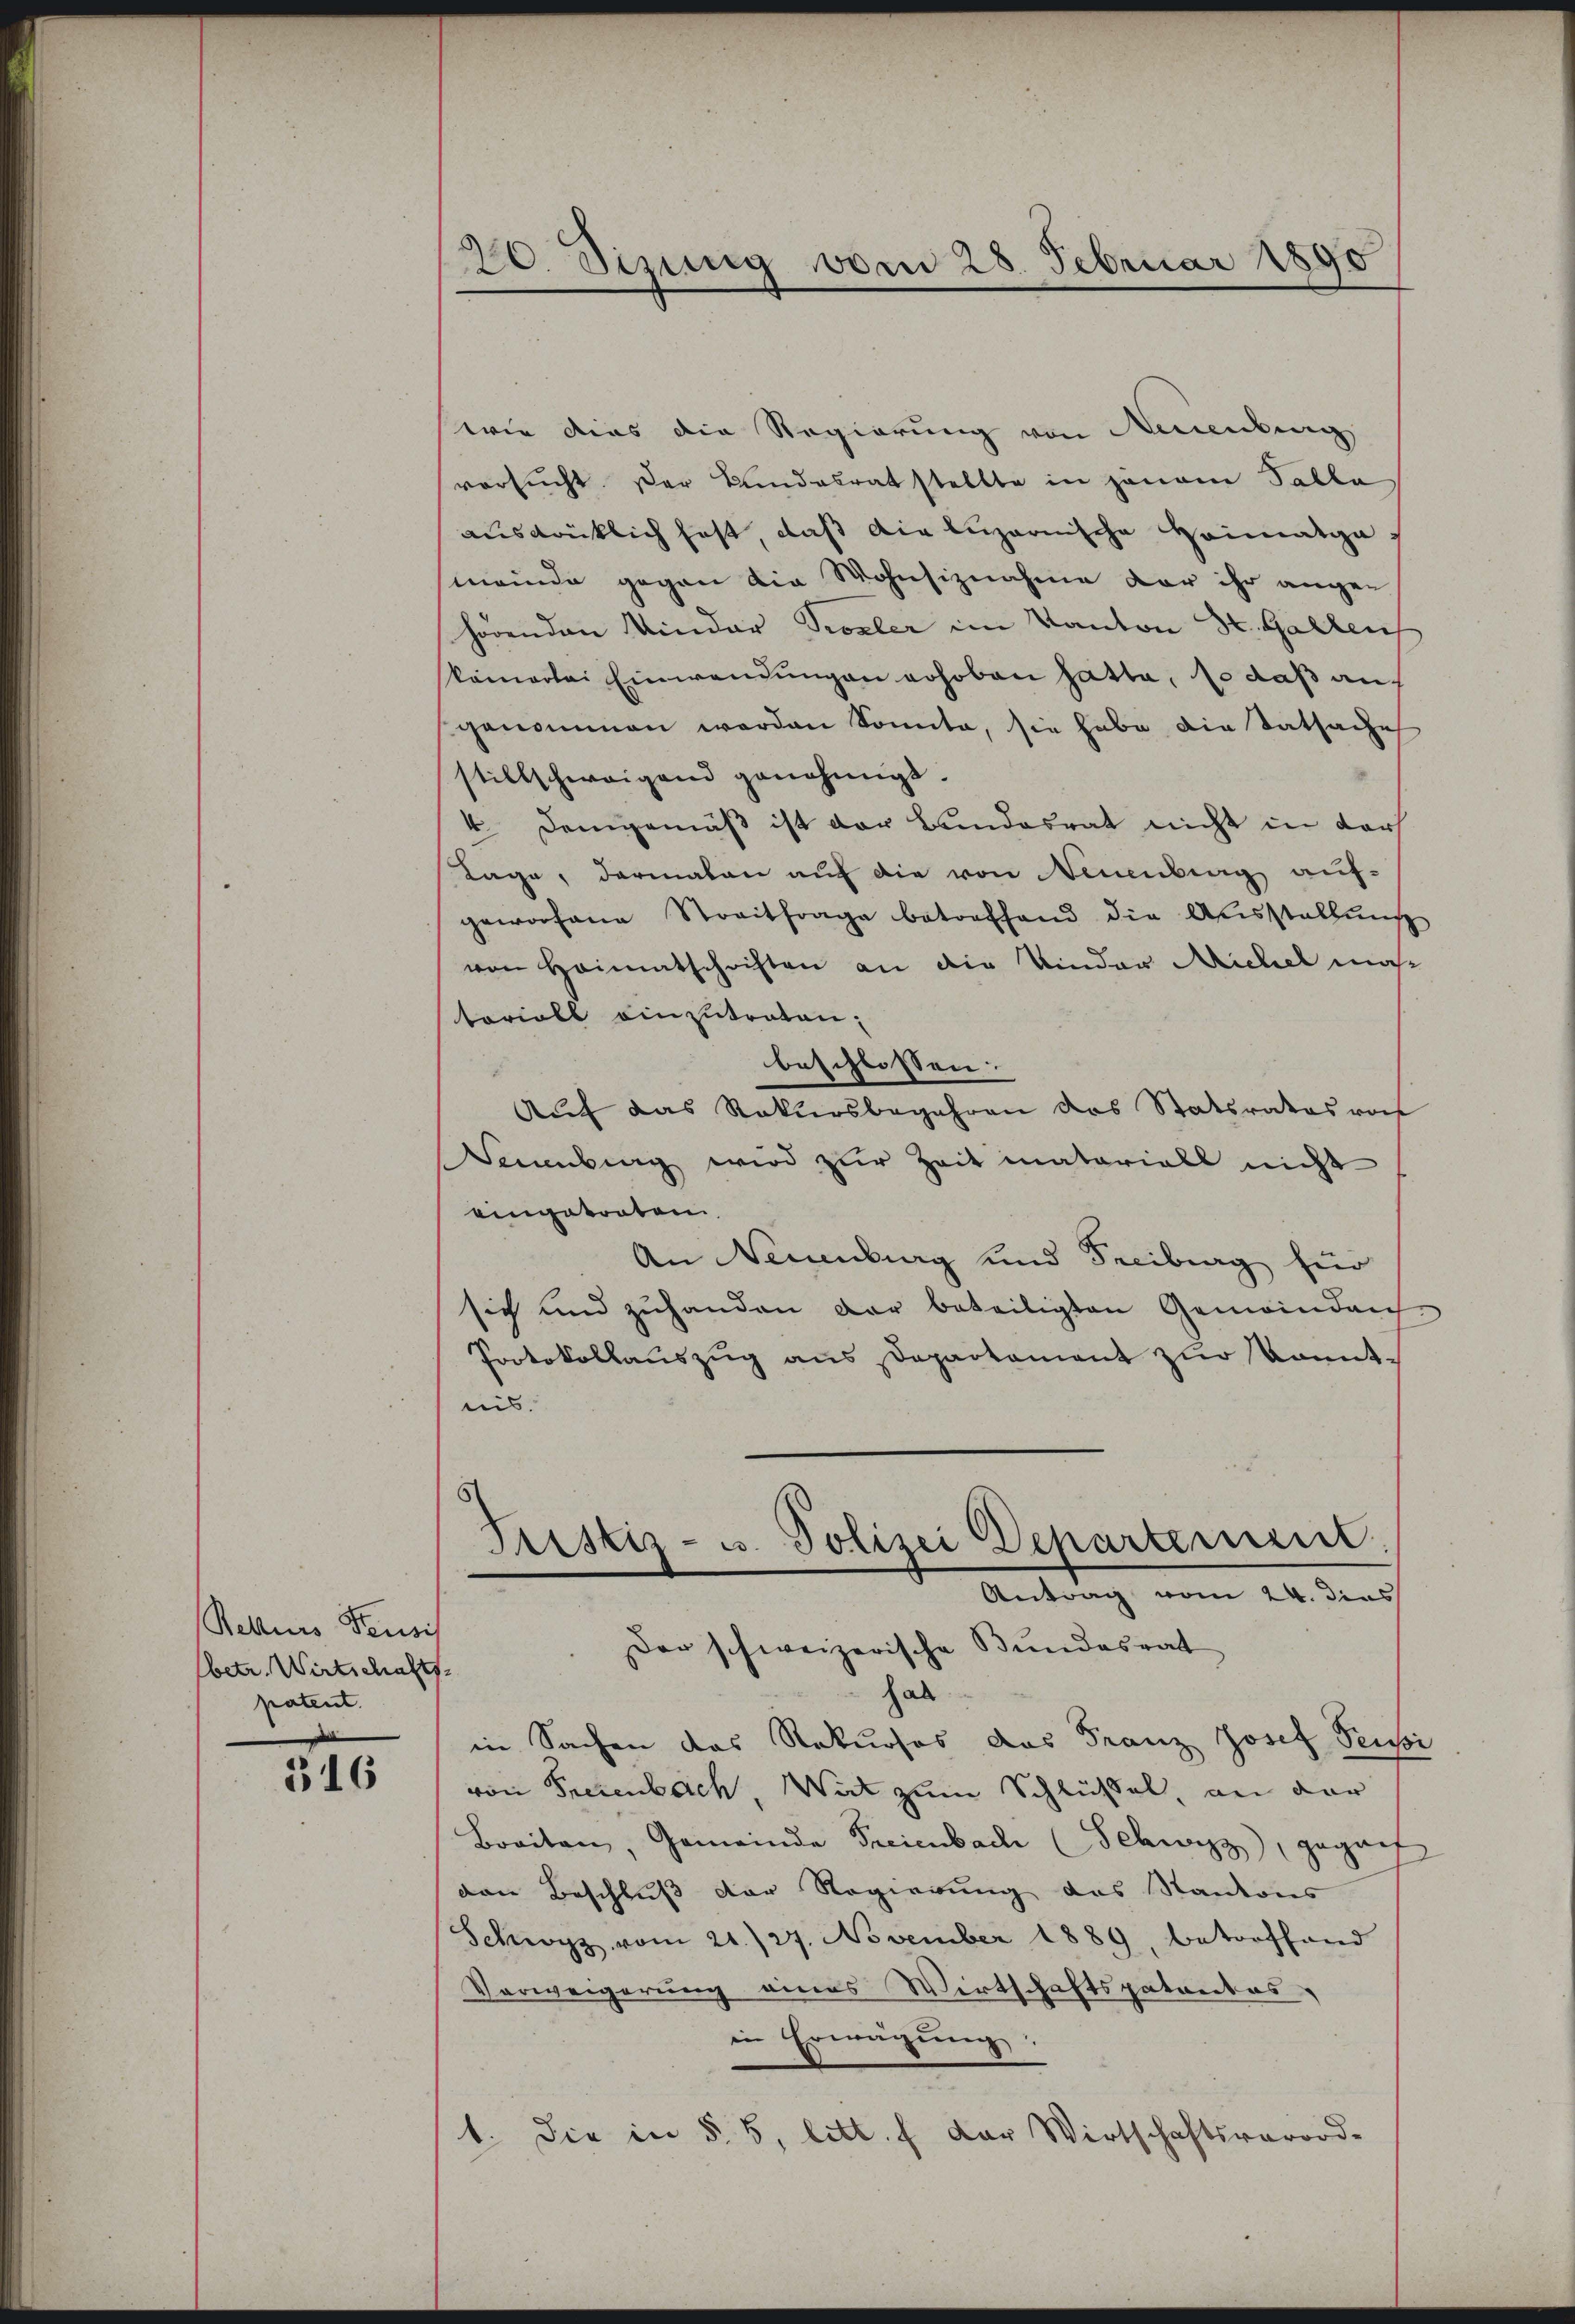
Retturs Feusis
betr. Wirtschafts
patent.

316

20. Dizung vom 28. Februar 1890

wie dies die Regierung von Neuenburg
versucht. Der Bundesrat stellte in jenem Talla
ausdrücklich fast daß die luzernische Heimatgameinde gegen die Wohnsiznahme der ihr angen
hörenden Vinder Probler im Kanton St. Gallens
Pamortei Einwendungen gehoben satta, so daß auf
genommen worden Sonnte, sie habe die Tatsache
stillschweigend genehmigt.
4. Demgemäß ist der Bundesrat nicht in dar
Tage, darmalen auf die von Neuenburg auf-
geworfene Streitfrage betreffend die Ausstellung
von Heimatschriften an die Vinder Michel ma
torioll einzutraten,
beschlossen:
Aŭf das Rekursbegehren das Statsrates vot
Senburg wird zŭr Zeit materiall nicht
eingetreten.
An Neuenburg und Freiburg für
sich und zuhanden der beteiligten Gemeinden
Protokollauszug aus Departament zur kanntnis.
Fristiz- u. Polizei Departement
Antrag vom 24. dies
Der schweizerische Bundesrat
hab
in Sachen das Rekurses das Franz Josef Feusi
von Freienbach, Wirt zum Schlüßel, an der
Breiten, Gemeinde Freienbach (Schwyz, geganf
ven Beschluß der Regierung das Kantons
Schwyz vom 21./27. November 1889, betreffend
Verweigerung eines Wirtschaftspatentes,
in Erwägŭng:
1. Die in § 5, litt. f der Wirtschaftsverord-